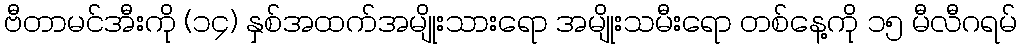
ဗီတာမင်အီးကို (၁၄) နှစ်အထက်အမျိုးသားရော အမျိုးသမီးရော တစ်နေ့ကို ၁၅ မီလီဂရမ်